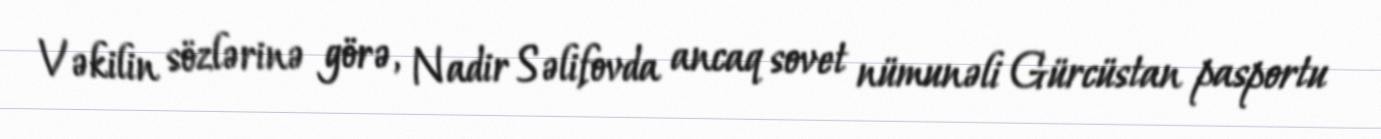
Vəkilin sözlərinə görə, Nadir Səlifovda ancaq sovet nümunəli Gürcüstan pasportu